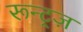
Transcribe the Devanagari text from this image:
रून्ट्ज़